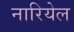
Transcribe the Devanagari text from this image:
नारियेल